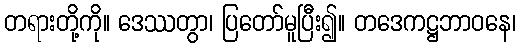
တရားတို့ကို။ ဒေဿတွာ၊ ပြတော်မူပြီး၍။ တဒေကဋ္ဌဘာဝနေ၊